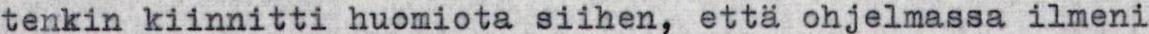
tenkin kiinnitti huomiota siihen, että ohjelmassa ilmeni